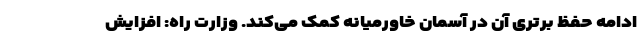
ادامه حفظ برتری آن در آسمان خاورمیانه کمک می‌کند. وزارت راه: افزایش